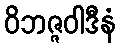
ဝိဘဇ္ဇဝါဒီနံ